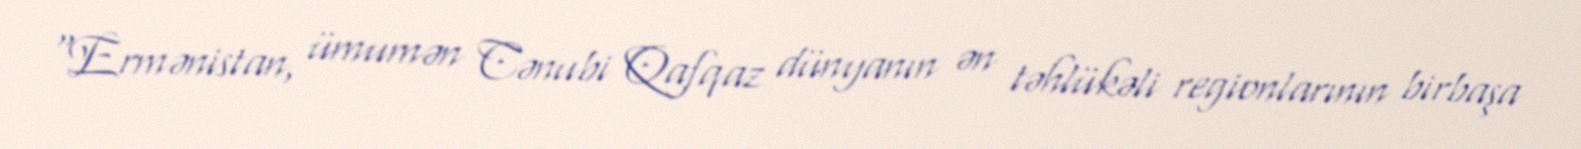
“Ermənistan, ümumən Cənubi Qafqaz dünyanın ən təhlükəli regionlarının birbaşa